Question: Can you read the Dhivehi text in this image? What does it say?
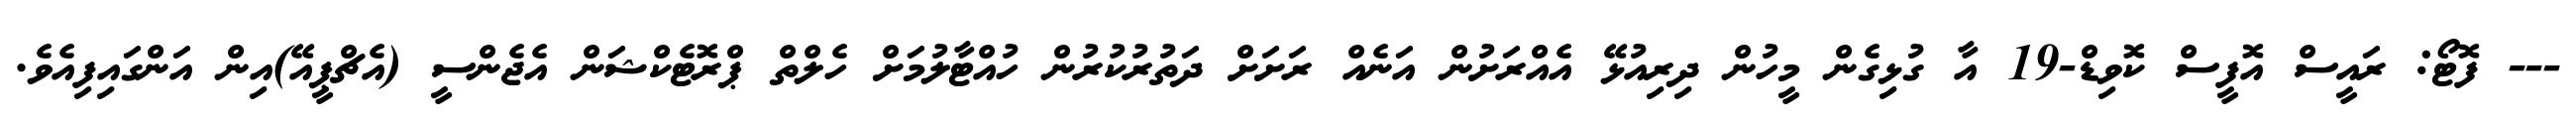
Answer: --- ފޮޓޯ: ރައީސް އޮފީސް ކޮވިޑް-19 އާ ގުޅިގެން މީހުން ދިރިއުޅޭ އެއްރަށުން އަނެއް ރަށަށް ދަތުރުކުރުން ހުއްޓާލުމަށް ހެލްތް ޕްރޮޓެކްޝަން އެޖެންސީ (އެޗްޕީއޭ)އިން އަންގައިފިއެވެ.